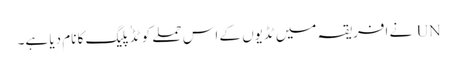
UN نے افریقہ میں ٹڈیوں کے اس حملے کو ٹڈٰ پلیگ کا نام دیا ہے۔